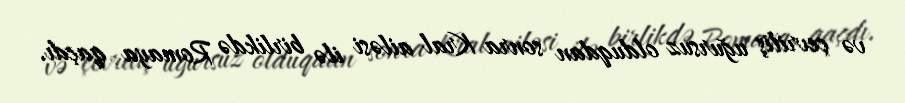
və çevriliş uğursuz olduqdan sonra Kral ailəsi ilə birlikdə Romaya qaçdı.